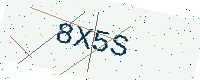
Text: 8X5S